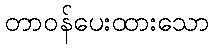
တာဝန်ပေးထားသော